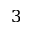
3